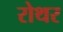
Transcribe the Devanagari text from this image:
रोथर